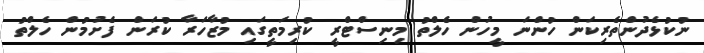
ނުކުޅެދުންތެރިކަން ހުންނަ މީހުން ހެލްތު މިނިސްޓްރީ ކުރިމަތީގައި މުޒާހަރާ ކުރަން ފެށުމުން ހެލްތު